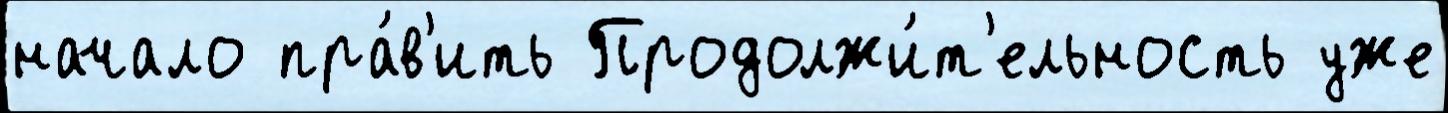
начало пра́в'ить Продолжи́т'ельность уже